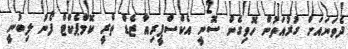
ދެވަނައަށް ގުރުއަތުން ހޮވިގެން ސޮނީ އެކްސްޕީރިއާ ޒެޑް ތްރީ ކޮމްޕެކްޓް ފޯނު ލިބުނީ